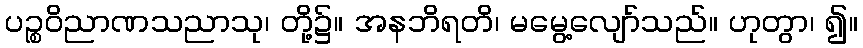
ပဉ္စဝိညာဏသညာသု၊ တို့၌။ အနဘိရတိ၊ မမွေ့လျော်သည်။ ဟုတွာ၊ ၍။